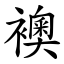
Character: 襖